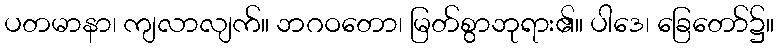
ပတမာနာ၊ ကျလာလျက်။ ဘဂဝတော၊ မြတ်စွာဘုရား၏။ ပါဒေ၊ ခြေတော်၌။